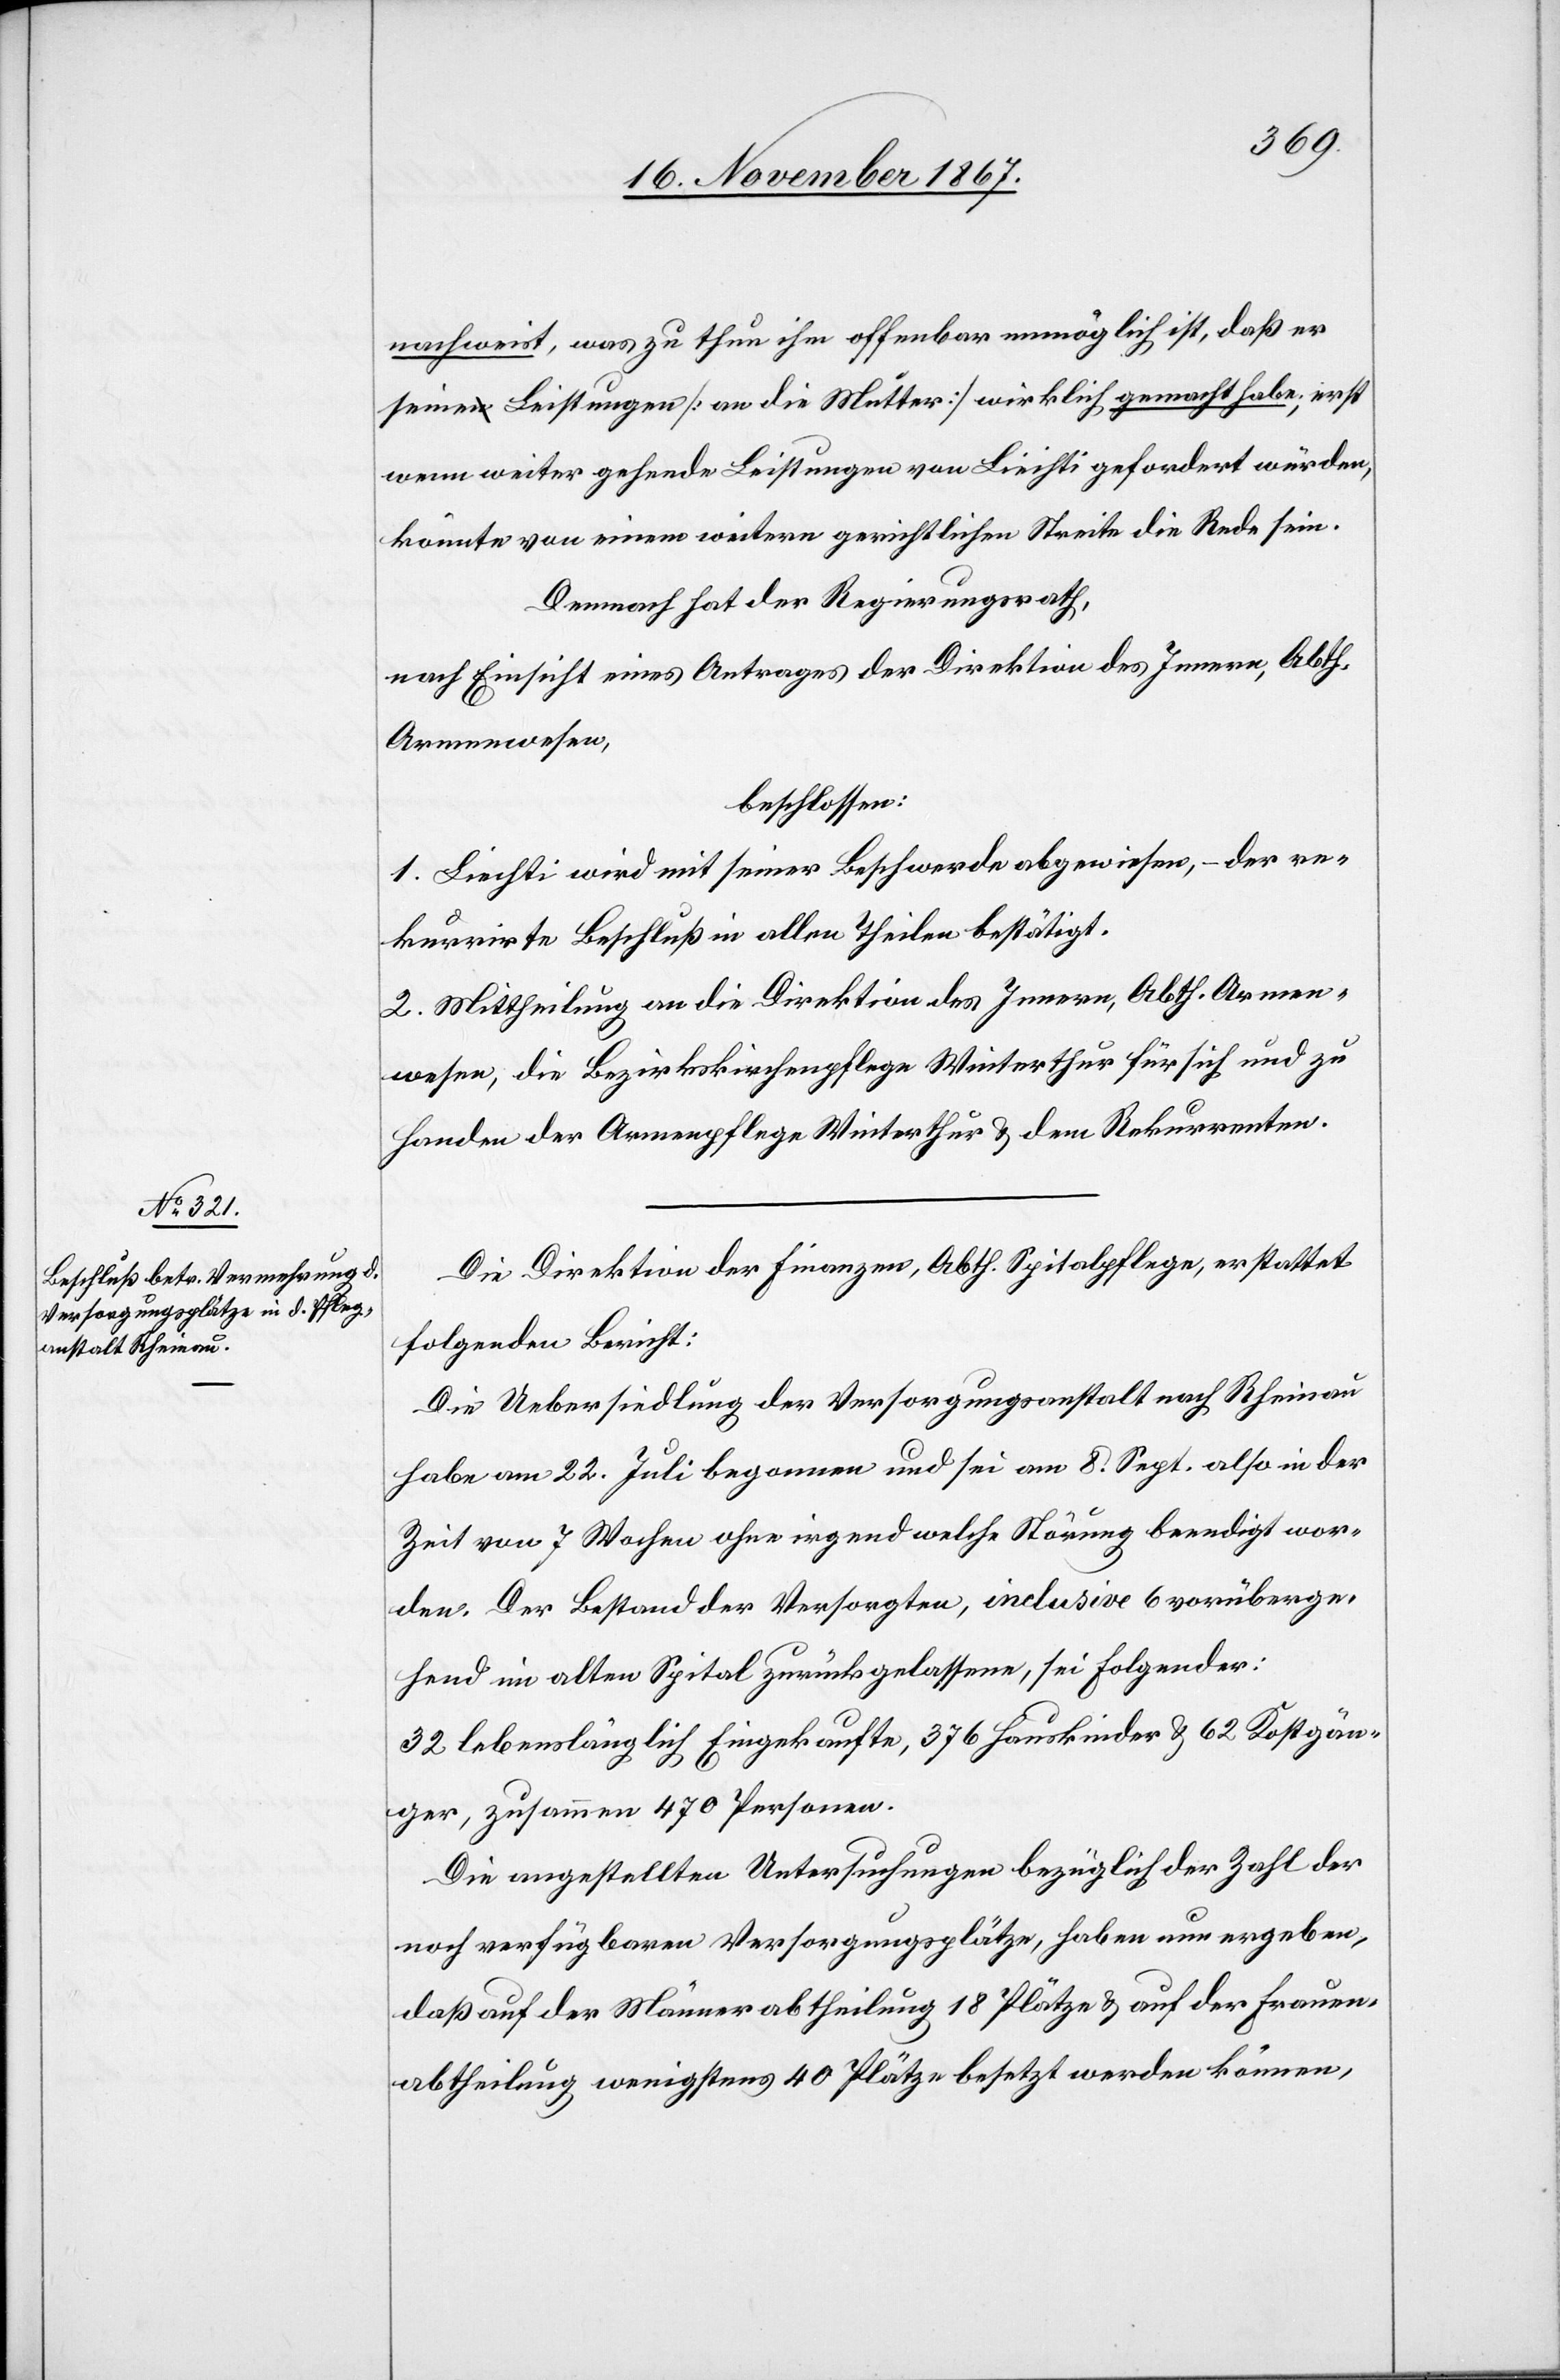
nachweist, was zu thun ihm offenbar unmöglich ist, daß er
seine Leistungen [an die Mutter] wirklich gemacht habe; erst
wenn weiter gehende Leistungen von Liechti gefordert würden,
könnte von einem weitern gerichtlichen Streite die Rede sein.
Demnach hat der Regierungsrath;
nach Einsicht eines Antrages der Direktion des Innern, Abth.
Armenwesen,
beschlossen:
1. Liechti wird mit seiner Beschwerde abgewiesen, – der re¬
kurrirte Beschluß in allen Theilen bestätigt.
2. Mittheilung an die Direktion des Innern, Abth. Armen¬
wesen, die Bezirkskirchenpflege [sic!] Winterthur für sich und zu
Handen der Armenpflege Winterthur u. dem Rekurrenten.
Die Direktion der Finanzen, Abth. Spitalpflege, erstattet
folgenden Bericht:
Die Uebersiedlung der Versorgungsanstalt nach Rheinau
habe am 22. Juli begonnen und sei am 8. Sept. also in der
Zeit von 7 Wochen ohne irgend welche Störung beendigt wor¬
den. Der Bestand der Versorgten, inclusive 6 vorüberge¬
hend im alten Spital zurückgelassene, sei Folgender:
32 lebenslänglich Eingekaufte, 376 Hauskinder u. 62 Kostgän¬
ger, zusammen 470 Personen.
Die angestellten Untersuchungen bezüglich der Zahl der
noch verfügbaren Versorgungsplätze, haben nun ergeben,
daß auf der Männerabtheilung 18 Plätze u. auf der Frauen¬
abtheilung wenigstens 40 Plätze besetzt werden können,